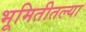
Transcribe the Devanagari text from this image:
भूमितीतल्या